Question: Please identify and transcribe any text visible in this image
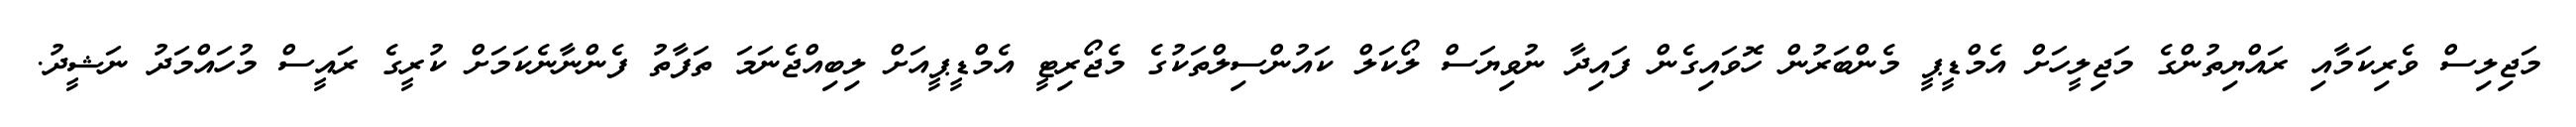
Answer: މަޖިލިސް ވެރިކަމާއި ރައްޔިތުންގެ މަޖިލީހަށް އެމްޑީޕީ މެންބަރުން ހޮވައިގެން ފައިދާ ނުވިޔަސް ލޯކަލް ކައުންސިލްތަކުގެ މެޖޯރިޓީ އެމްޑީޕީއަށް ލިބިއްޖެނަމަ ތަފާތު ފެންނާނެކަމަށް ކުރީގެ ރައީސް މުހައްމަދު ނަޝީދު.